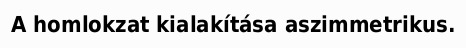
A homlokzat kialakítása aszimmetrikus.